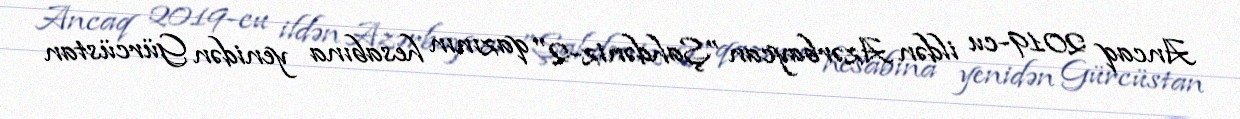
Ancaq 2019-cu ildən Azərbaycan ”Şahdəniz-2" qazının hesabına yenidən Gürcüstan